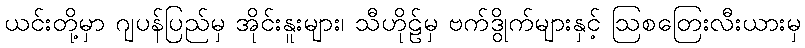
ယင်းတို့မှာ ဂျပန်ပြည်မှ အိုင်းနူးများ၊ သီဟိုဠ်မှ ဗက်ဒွိုက်များနှင့် ဩစတြေးလီးယားမှ